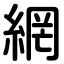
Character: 網